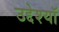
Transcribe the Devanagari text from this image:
उद्देश्यॉ